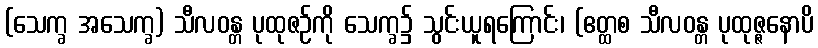
(သေက္ခ အသေက္ခ) သီလဝန္တ ပုထုဇဉ်ကို သေက္ခ၌ သွင်းယူရကြောင်း၊ (ဧတ္ထစ သီလဝန္တ ပုထုဇ္ဇနောပိ